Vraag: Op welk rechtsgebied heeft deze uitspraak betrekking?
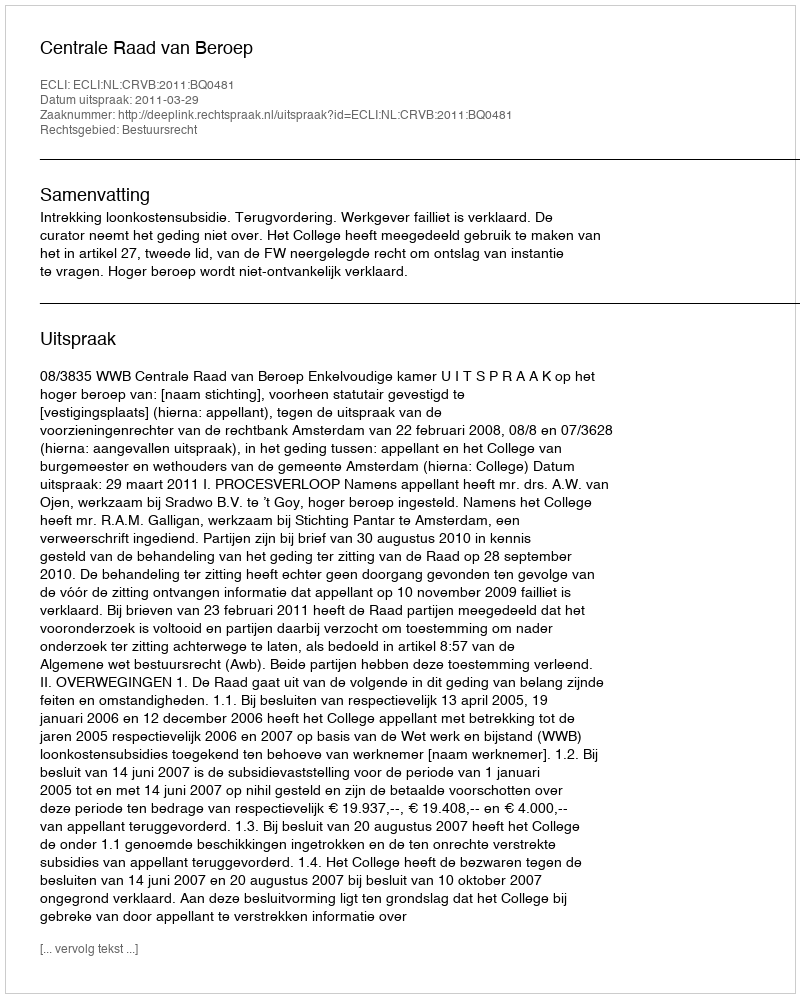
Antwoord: Bestuursrecht